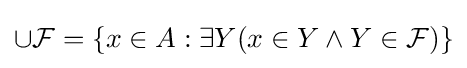
\cup {\mathcal {F}}=\{x\in A:\exists Y(x\in Y\land Y\in {\mathcal {F}})\}